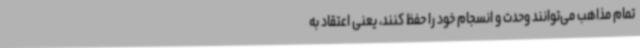
تمام مذاهب می‌توانند وحدت و انسجام خود را حفظ کنند، یعنی اعتقاد به